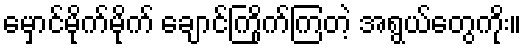
မှောင်မိုက်မိုက် ချောင်ကြိုက်ကြတဲ့ အရွယ်တွေကိုး။